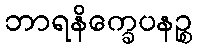
ဘာရနိက္ခေပနဉ္စ